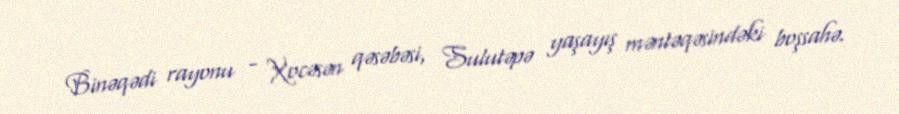
Binəqədi rayonu - Xocəsən qəsəbəsi, Sulutəpə yaşayış məntəqəsindəki boşsahə.